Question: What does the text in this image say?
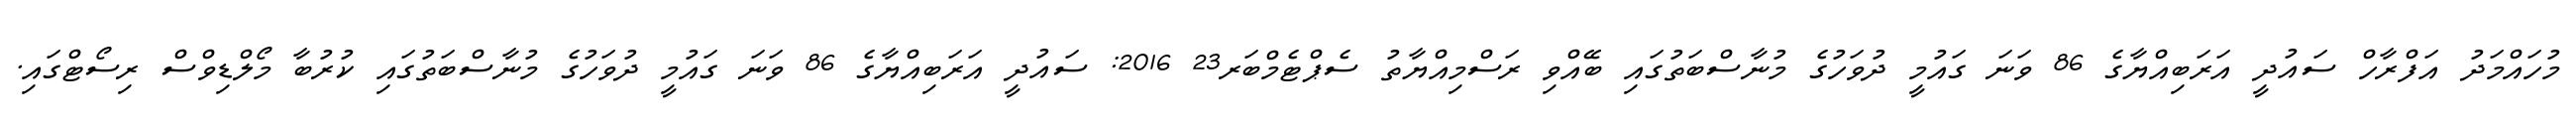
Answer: މުހައްމަދު އަފްރާހް ސައުދީ އަރަބިއްޔާގެ 86 ވަނަ ގައުމީ ދުވަހުގެ މުނާސްބަތުގައި ބޭއްވި ރަސްމިއްޔާތު ސެޕްޓެމްބަރ23 2016: ސައުދީ އަރަބިއްޔާގެ 86 ވަނަ ގައުމީ ދުވަހުގެ މުނާސްބަތުގައި ކުރުބާ މޯލްޑިވްސް ރިސޯޓްގައި.